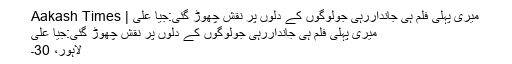
میری پہلی فلم ہی جانداررہی جولوگوں کے دلوں پر نقش چھوڑ گئی:جیا علی | Aakash Times
میری پہلی فلم ہی جانداررہی جولوگوں کے دلوں پر نقش چھوڑ گئی:جیا علی
لاہور، 30۔